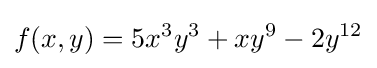
f(x,y)=5x^{3}y^{3}+xy^{9}-2y^{12}